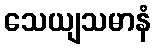
သေယျသမာနံ